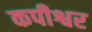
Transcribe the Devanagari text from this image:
कपीश्वर